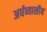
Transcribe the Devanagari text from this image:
अर्धव्यासीय